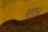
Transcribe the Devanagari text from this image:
सत्प्र